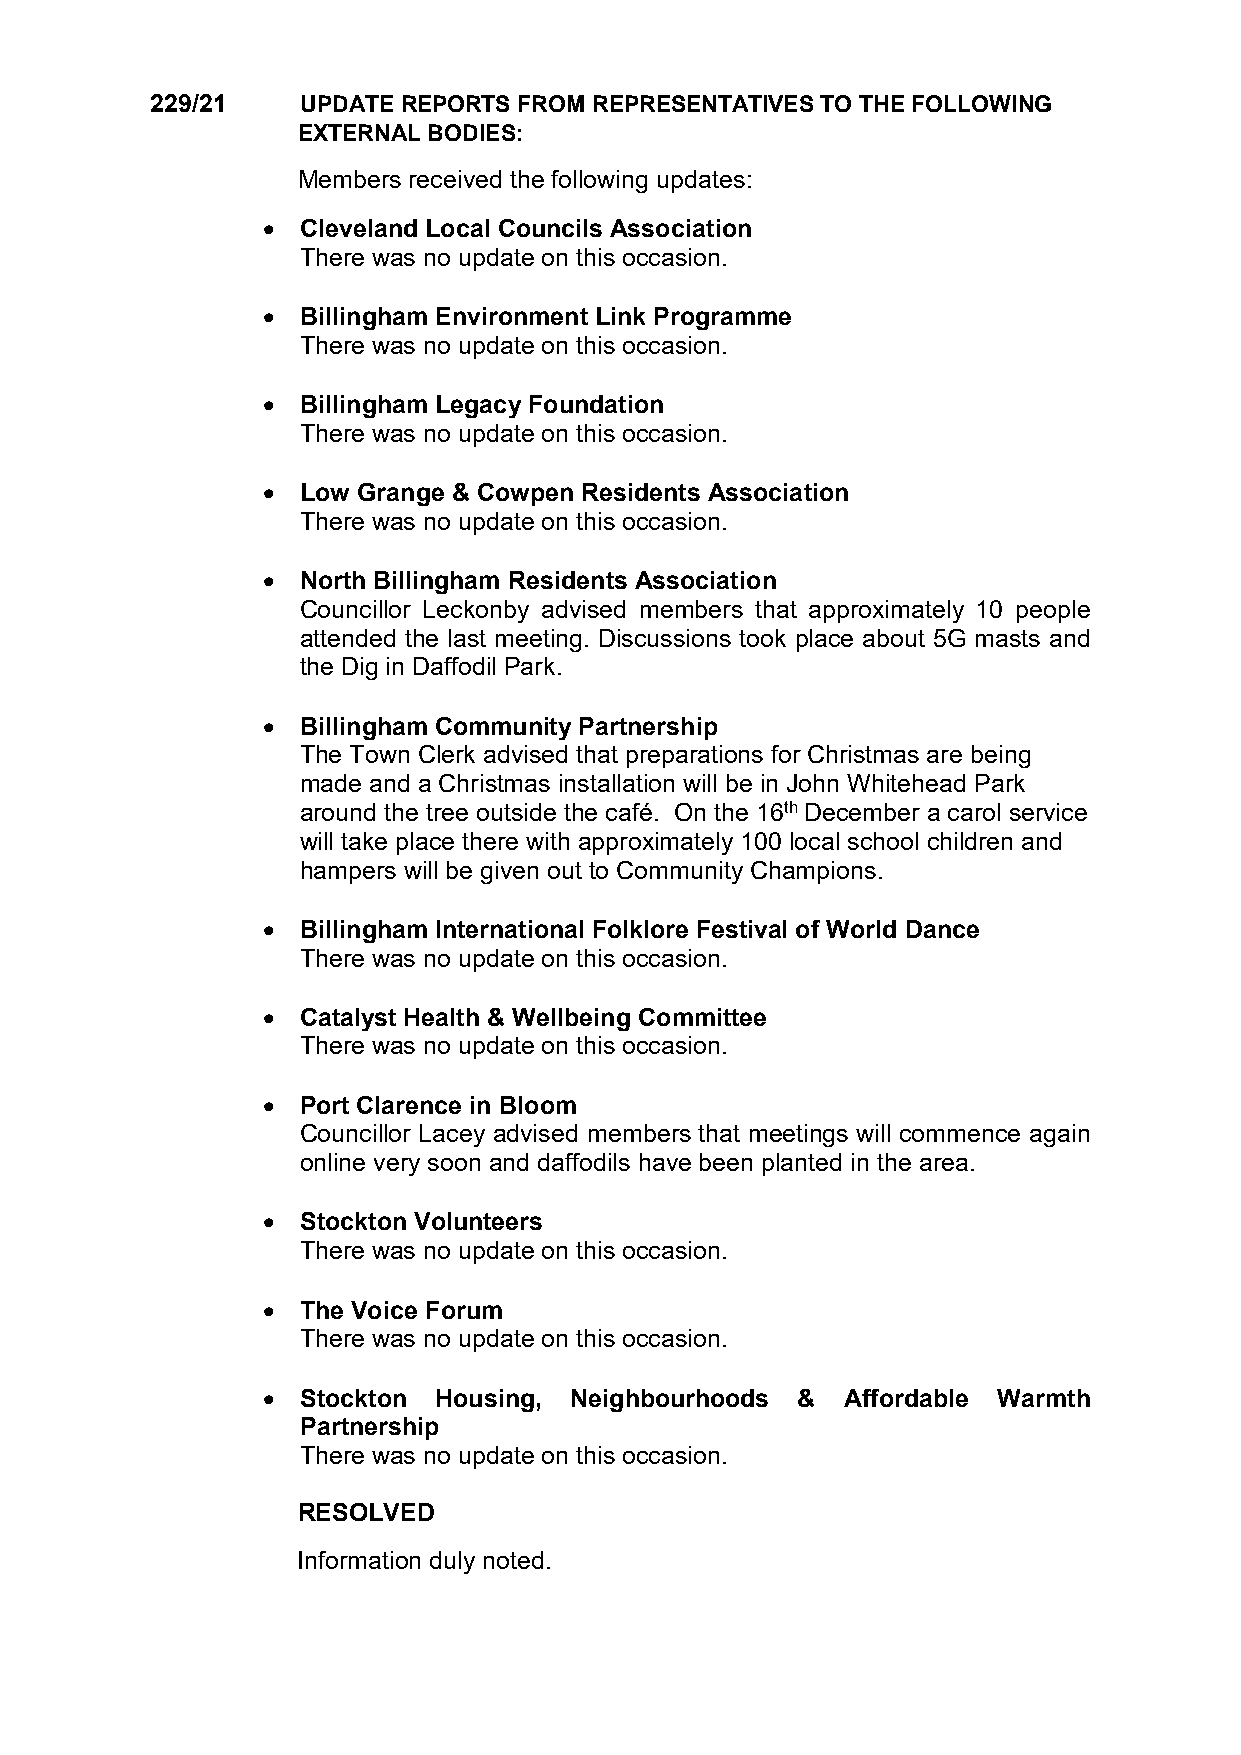
229/21    UPDATE REPORTS FROM REPRESENTATIVES TO THE FOLLOWING
 EXTERNAL BODIES:
 Members received the following updates:
   Cleveland Local Councils Association
 There was no update on this occasion.
   Billingham Environment Link Programme
 There was no update on this occasion.
   Billingham Legacy Foundation
 There was no update on this occasion.
   Low Grange & Cowpen Residents Association
 There was no update on this occasion.
   North Billingham Residents Association
 Councillor Leckonby advised members that approximately 10 people
 attended the last meeting. Discussions took place about 5G masts and
 the Dig in Daffodil Park.
   Billingham Community Partnership
 The Town Clerk advised that preparations for Christmas are being
 made and a Christmas installation will be in John Whitehead Park
 around the tree outside the café. On the 16th December a carol service
 will take place there with approximately 100 local school children and
 hampers will be given out to Community Champions.
   Billingham International Folklore Festival of World Dance
 There was no update on this occasion.
   Catalyst Health & Wellbeing Committee
 There was no update on this occasion.
   Port Clarence in Bloom
 Councillor Lacey advised members that meetings will commence again
 online very soon and daffodils have been planted in the area.
   Stockton Volunteers
 There was no update on this occasion.
   The Voice Forum
 There was no update on this occasion.
   Stockton Housing, Neighbourhoods &  Affordable Warmth
 Partnership
 There was no update on this occasion.
 RESOLVED
 Information duly noted.